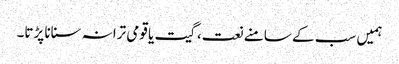
ہمیں سب کے سامنے نعت، گیت یا قومی ترانہ سنانا پڑتا۔